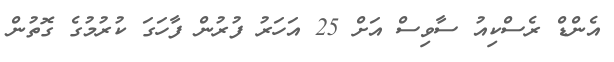
އެންޑް ރެސްކިއު ސާވިސް އަށް 25 އަހަރު ފުރުން ފާހަގަ ކުރުމުގެ ގޮތުން